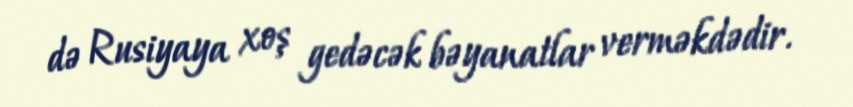
də Rusiyaya xoş gedəcək bəyanatlar verməkdədir.